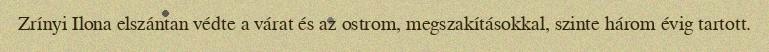
Zrínyi Ilona elszántan védte a várat és az ostrom, megszakításokkal, szinte három évig tartott.